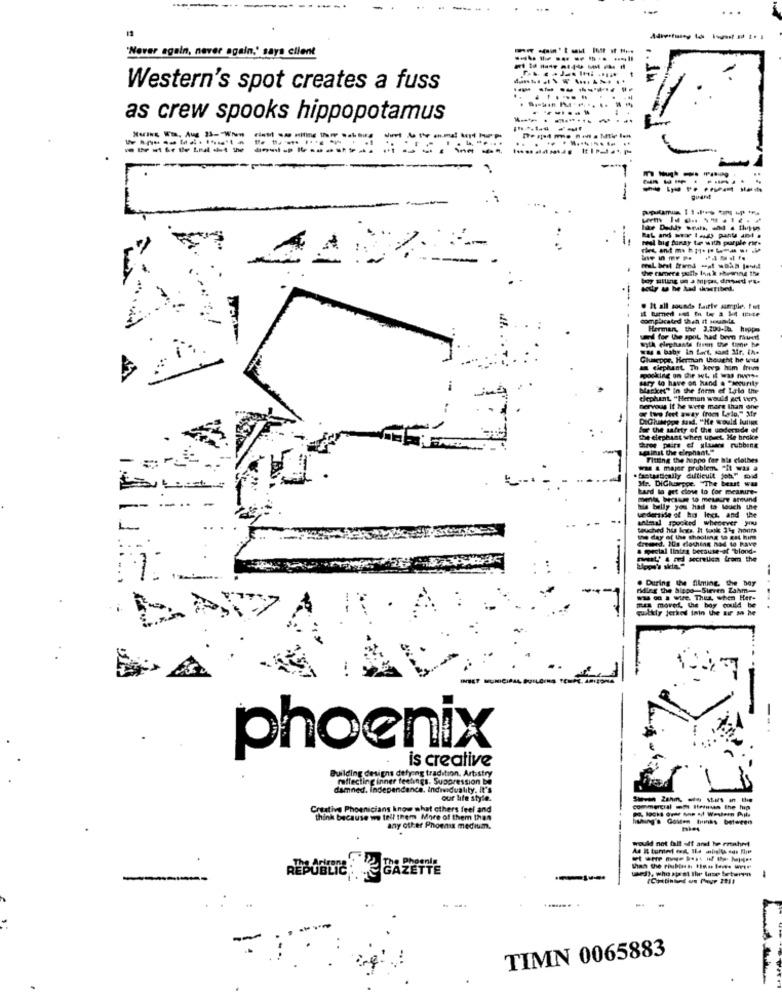
...
'Nover again, never again,' says client
Western's spot creates a fuss
as crew spooks hippopotamus
-----.-
---.
------.
real big funay ton with purple re-
Rat and mar Ious pants and .
the camere paults lyn k showing the
. It all sounds fairly sample. fot
complicated then it Mundt
Herman, the 3.200-06. hippo
myth elephants firen the time he
and for the spot had been raunt
was a baby in fect, sand 3fr. Ih.
Giuseppe, Herman thought he wit
an elephant Th keep him from
tary to have on hand a "security
blacke" In the form of Lala the
------
elephant "Herman would act very
Dervous It he were more than one
two feet away (rom Lelo," Mr
DiChubegge sand. "He would luiige
Bur the safety of the undernde of
the elephant when upset He broke
tree pairs of yLuans rubbing
minst the elephant."
Fitting the hoppo fer his clothes
was & majer problem. "It was a
.fratarsouily difficult joh" mid
Mr. DiGhurppe, The beast w
hard to get close to for meanire-
MOA Haus to meLire areund
- -..
nie belly yes had to louch the
animal spooked whenever you
underside of his legs, and the
Crewed, 20s clothing had to have
the day of the shooting to eat him
& special lining because-af "blond-
aL' & id secrelica from the
. During the filming, the boy
riding the hippo-Sieren Zahm-
Was o 1 wire. Thus when Her-
Guttly jerkol inin the air so he
is moved, the boy could be
phoenix
is creative
Building designs defying tradition. Artistry
raffecting inner feelings. Suppression be
damned, Independence, Individuality. It's
our life style.
------ --
Creative Phoenicians know what others feel and
commercial -M lieinun the hup
--------
think because we tell them More of them than
thing's Golden bunks between
any other Phoenix medium.
would not halt off and he rotahrt
REPUBLIC GAZETTE
ed), who apast the lase teteren
TIMN 0065883